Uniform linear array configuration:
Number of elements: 12
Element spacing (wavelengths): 0.75
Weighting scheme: cosine
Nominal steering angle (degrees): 60
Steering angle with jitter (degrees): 58.843
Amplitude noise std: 0.05
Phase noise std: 0.05

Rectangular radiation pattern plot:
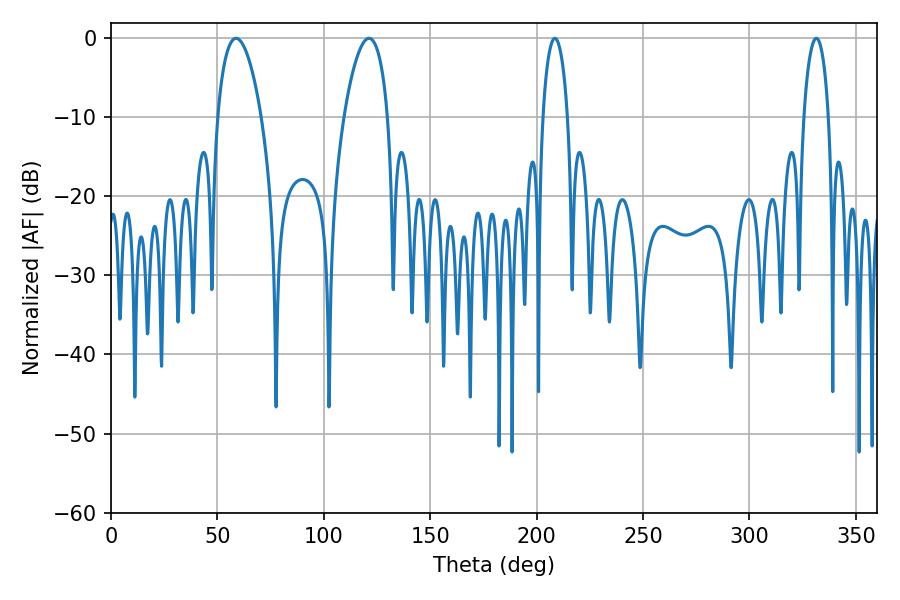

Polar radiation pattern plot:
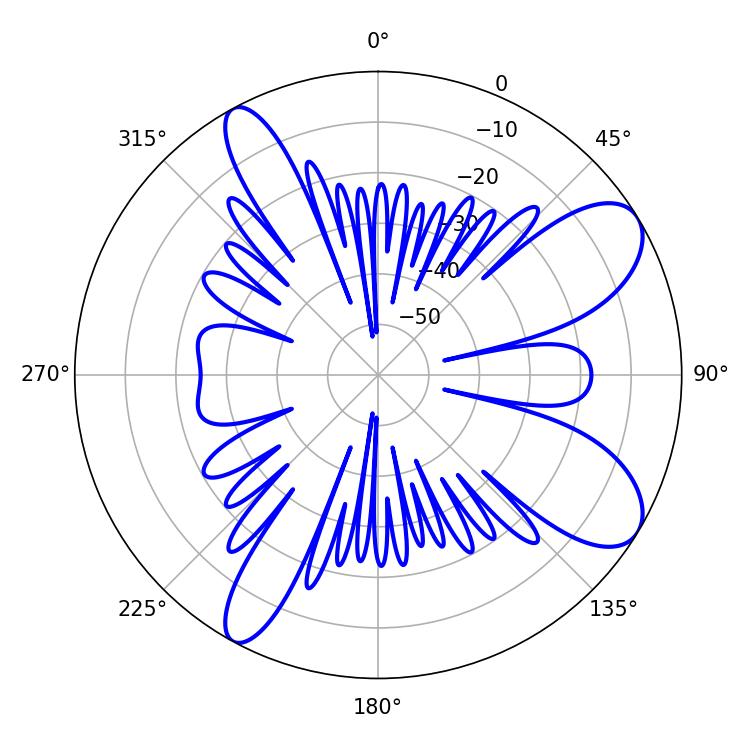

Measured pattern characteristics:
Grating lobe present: TRUE
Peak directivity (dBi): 9.05
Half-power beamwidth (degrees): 6.48
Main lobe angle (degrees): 208.62